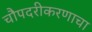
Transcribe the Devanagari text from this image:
चौपदरीकरणाचा